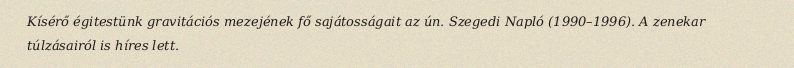
Kísérő égitestünk gravitációs mezejének fő sajátosságait az ún. Szegedi Napló (1990–1996). A zenekar túlzásairól is híres lett.